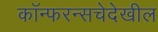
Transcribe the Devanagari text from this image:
कॉन्फरन्सचेदेखील